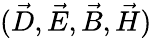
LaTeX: (\vec{D},\vec{E},\vec{B},\vec{H})